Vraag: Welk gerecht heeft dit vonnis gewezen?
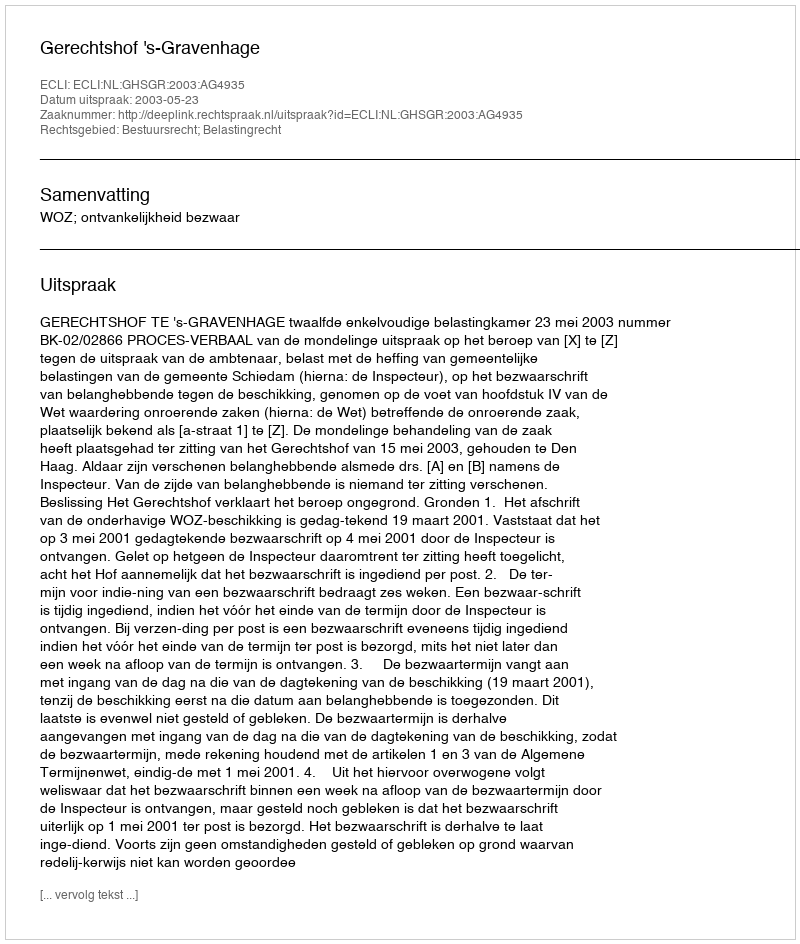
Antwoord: Gerechtshof 's-Gravenhage